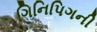
ગિનિપિગની